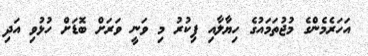
އަހަރެމެންގެ މުޖުތަމައުގެ ހިޔާލާއި ފިކުރު މި ވަނީ ވަރަށް ބޮޑަށް ހުޅުވި އަދި